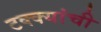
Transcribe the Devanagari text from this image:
टक्क्यांची